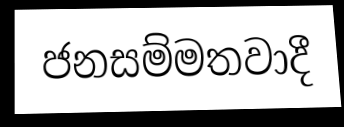
ජනසම්මතවාදී